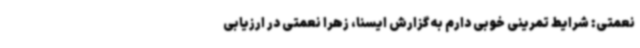
نعمتی: شرایط تمرینی خوبی دارم به گزارش ایسنا، زهرا نعمتی در ارزیابی